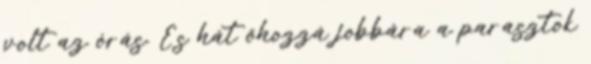
volt az órás. És hát őhozzá jobbára a parasztok